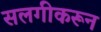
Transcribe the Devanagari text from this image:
सलगीकरून